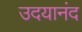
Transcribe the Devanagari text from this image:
उदयानंद